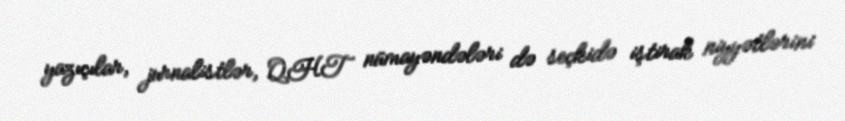
yazıçılar, jurnalistlər, QHT nümayəndələri də seçkidə iştirak niyyətlərini